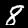
Digit: 8